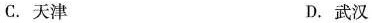
C.天津 D.武汉